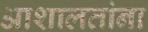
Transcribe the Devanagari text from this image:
आशालतांना